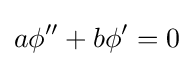
a\phi ''+b\phi '=0